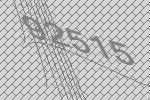
92515